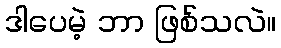
ဒါပေမဲ့ ဘာ ဖြစ်သလဲ။